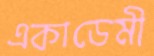
একাডেমী